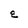
Character: E